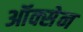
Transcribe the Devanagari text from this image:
ऑक्सेन